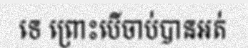
ទេ ព្រោះបើចាប់បានអត់